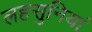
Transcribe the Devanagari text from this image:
लहसुनियां